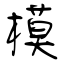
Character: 模